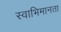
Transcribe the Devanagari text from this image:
स्वाभिमानता